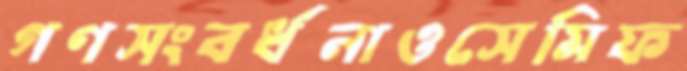
গণসংবর্ধনাওসেমিফ